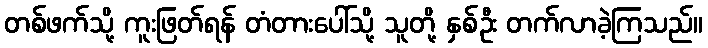
တစ်ဖက်သို့ ကူးဖြတ်ရန် တံတားပေါ်သို့ သူတို့ နှစ်ဦး တက်လာခဲ့ကြသည်။